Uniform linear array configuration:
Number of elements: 48
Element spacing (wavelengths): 0.75
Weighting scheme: hann
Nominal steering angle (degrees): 0
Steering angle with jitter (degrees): -1.134
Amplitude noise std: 0.05
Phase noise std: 0.05

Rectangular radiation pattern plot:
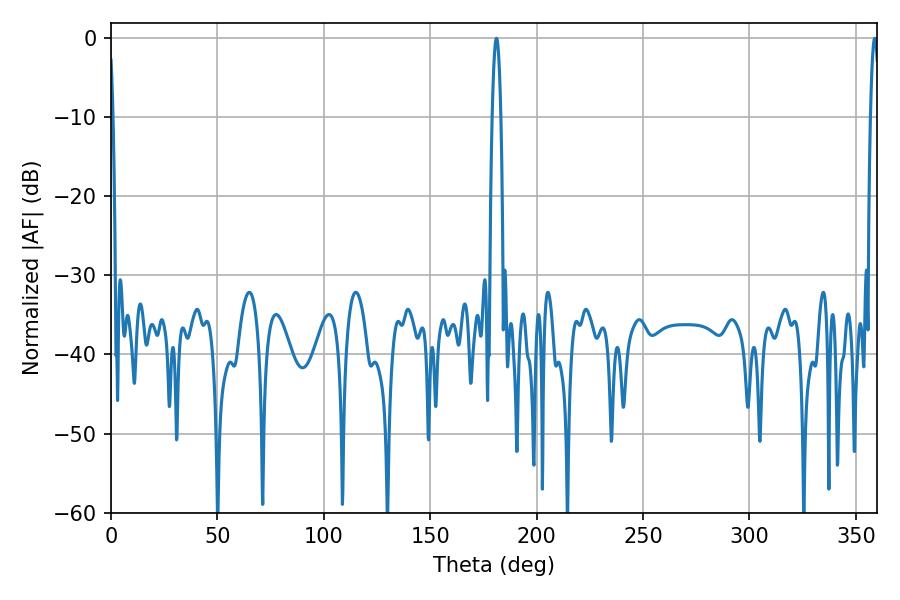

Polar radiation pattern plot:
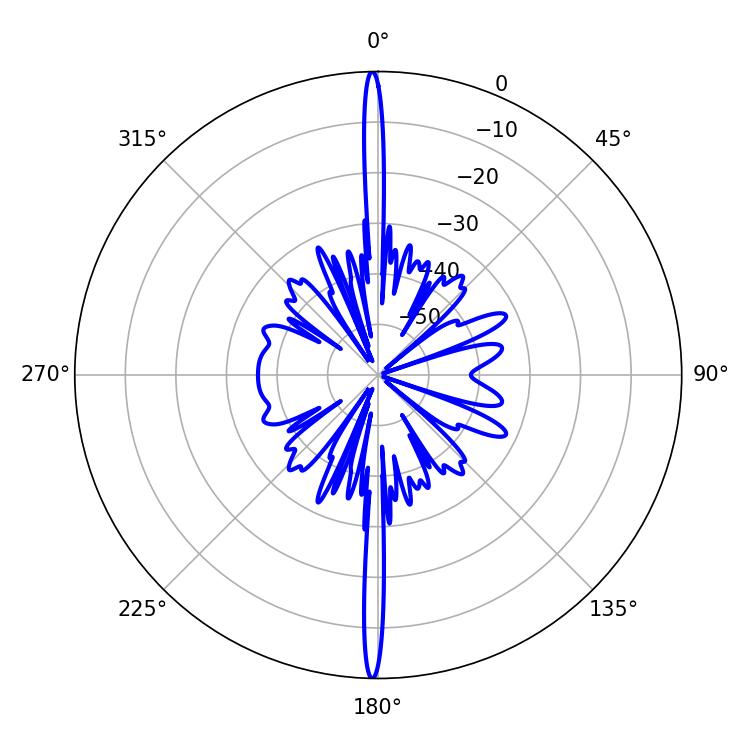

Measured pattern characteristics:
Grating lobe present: TRUE
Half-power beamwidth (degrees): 2.16
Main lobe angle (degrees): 181.08